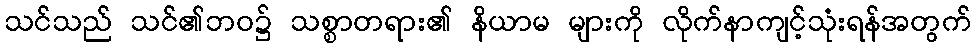
သင်သည် သင်၏ဘဝ၌ သစ္စာတရား၏ နိယာမ များကို လိုက်နာကျင့်သုံးရန်အတွက်